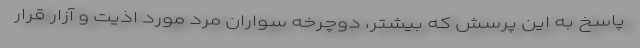
پاسخ به این پرسش که بیشتر، دوچرخه سواران مرد مورد اذیت و آزار قرار